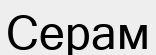
Серам